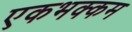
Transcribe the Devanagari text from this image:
एकभक्कम